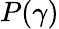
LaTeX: P(\gamma)